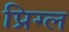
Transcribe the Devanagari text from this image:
प्रिग्ल